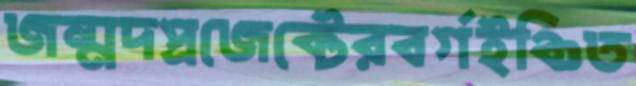
জন্মদপ্রজেক্টেরবর্গইঞ্চিত